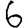
Digit: 6